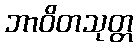
ဘာဝိတသုတ္တ